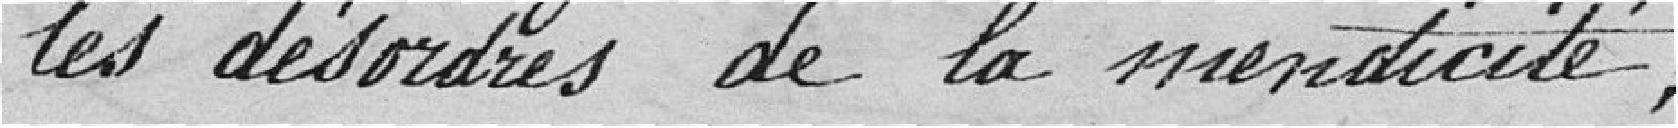
les désordres de la mendicité ;